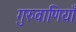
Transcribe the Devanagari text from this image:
गुरुवाणियाँ